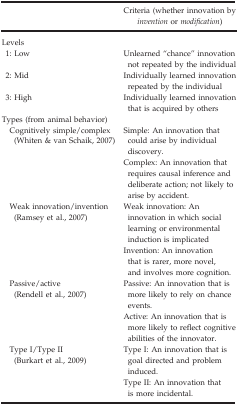
<table><thead><tr><td></td><td><b>Criteria (whether innovation by <i>invention</i> or <i>modification</i>)</b></td></tr></thead><tbody><tr><td colspan="2">Levels</td></tr><tr><td>1: Low</td><td>Unlearned “chance” innovation not repeated by the individual</td></tr><tr><td>2: Mid</td><td>Individually learned innovation repeated by the individual</td></tr><tr><td>3: High</td><td>Individually learned innovation that is acquired by others</td></tr><tr><td colspan="2">Types (from animal behavior)</td></tr><tr><td>Cognitively simple/complex (Whiten &amp; van Schaik, 2007)</td><td>Simple: An innovation that could arise by individual discovery.Complex: An innovation that requires causal inference and deliberate action; not likely to arise by accident.</td></tr><tr><td>Weak innovation/invention (Ramsey et al., 2007)</td><td>Weak innovation: An innovation in which social learning or environmental induction is implicatedInvention: An innovation that is rarer, more novel, and involves more cognition.</td></tr><tr><td>Passive/active (Rendell et al., 2007)</td><td>Passive: An innovation that is more likely to rely on chance events.Active: An innovation that is more likely to reflect cognitive abilities of the innovator.</td></tr><tr><td>Type I/Type II (Burkart et al., 2009)</td><td>Type I: An innovation that is goal directed and problem induced.Type II: An innovation that is more incidental.</td></tr></tbody></table>